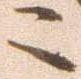
ニ